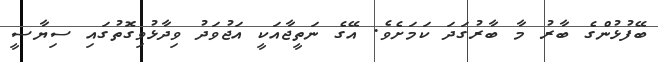
ބޭފުޅުންގެ ބާރު މާ ބާރުގަދަ ކަމަށެވެ. އޭގެ ނަތީޖާއަކީ އަޖުވަދު ވިދާޅުވިގޮތުގައި ސިޔާސީ